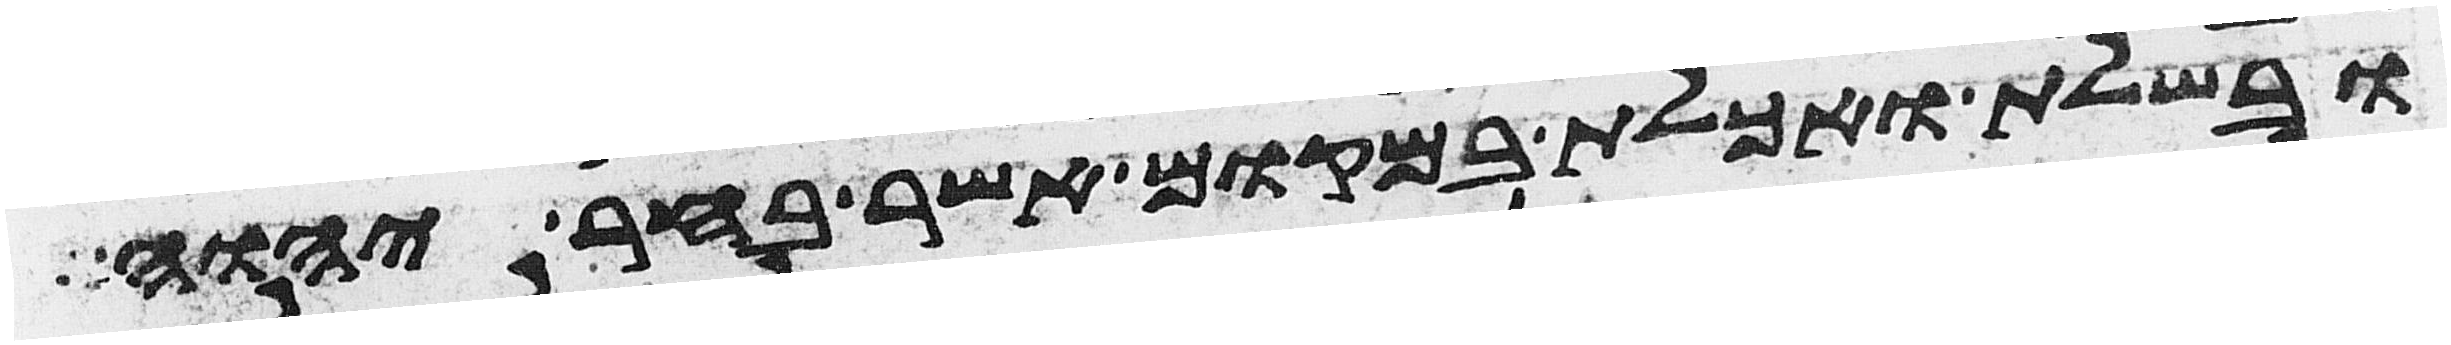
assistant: ובשלת ואכלת במקום אשר בחר יהוה